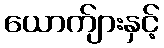
ယောက်ျားနှင့်